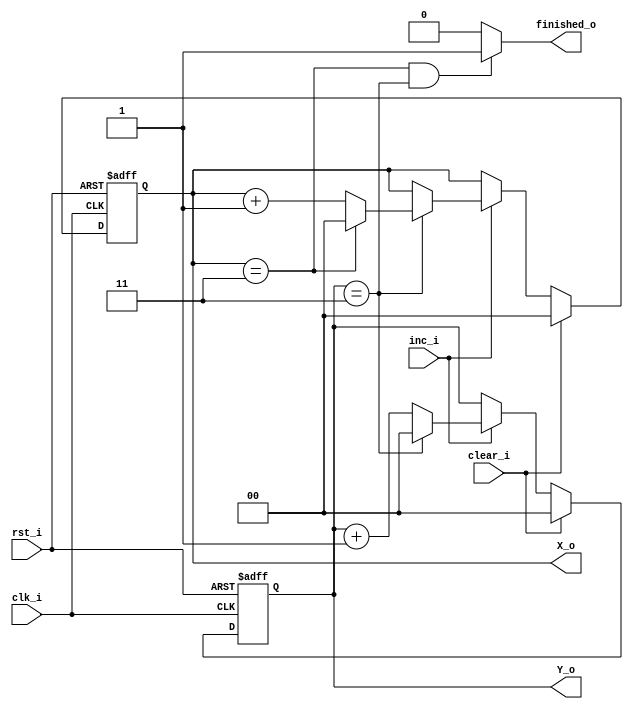
module CounterDualPort #(
    parameter 
    X_END = 3,
    Y_END = 3,
    X_WIDTH = 2,
    Y_WIDTH = 2
) (
    clk_i,
    rst_i,
    inc_i,
    clear_i,
    X_o,
    Y_o,
    finished_o
);

    input clk_i, rst_i, inc_i, clear_i;
    output reg [X_WIDTH-1:0] X_o;
    output reg [Y_WIDTH-1:0] Y_o;
    output reg finished_o;

    always @(posedge clk_i or posedge rst_i) begin
        if (rst_i) begin
            X_o <= {X_WIDTH{1'b0}};
            Y_o <= {Y_WIDTH{1'b0}};
        end else begin
            if (clear_i) begin
                X_o <= {X_WIDTH{1'b0}};
                Y_o <= {Y_WIDTH{1'b0}};
            end else begin
                if (inc_i) begin
                    if (Y_o == Y_END) begin
                        Y_o <= {Y_WIDTH{1'b0}};
                        if (X_o == X_END) begin
                            X_o <= {X_WIDTH{1'b0}};
                        end else begin
                            X_o <= X_o + 1;
                        end
                    end else begin
                        Y_o <= Y_o + 1;
                    end
                end
            end
        end
    end

    always @(X_o, Y_o) begin
        if ((X_o == X_END) & (Y_o == Y_END)) begin
            finished_o = 1;
        end else begin
            finished_o = 0;
        end
    end

endmodule